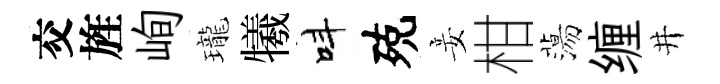
交旌峋瓏犧呌殑妾柑蕩缠井